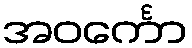
အဝင်္ကော